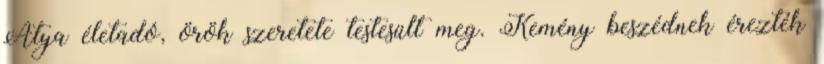
Atya életadó, örök szeretete testesült meg. Kemény beszédnek érezték